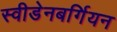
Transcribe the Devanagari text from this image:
स्वीडेनबर्गियन